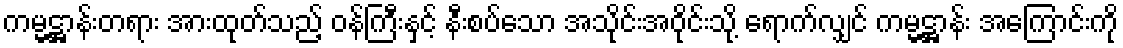
ကမ္မဋ္ဌာန်းတရား အားထုတ်သည့် ဝန်ကြီးနှင့် နီးစပ်သော အသိုင်းအဝိုင်းသို့ ရောက်လျှင် ကမ္မဋ္ဌာန်း အကြောင်းကို